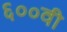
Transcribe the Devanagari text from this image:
६००वी